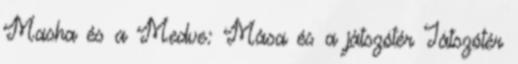
Masha és a Medve: Mása és a játszótér Játszótér